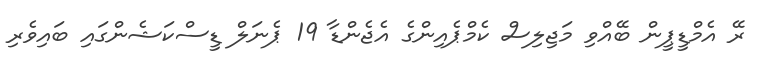
ރޭ އެމްޑީޕީން ބޭއްވި މަޖިލިސް ކެމްޕެއިންގެ އެޖެންޑާ 19 ޕެނަލް ޑީސްކަޝެންގައި ބައިވެރި